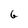
Character: 6